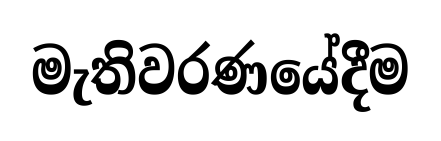
මැතිවරණයේදීම